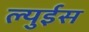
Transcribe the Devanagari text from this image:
ल्युईस